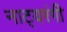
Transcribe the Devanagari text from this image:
नाट्यरंगी